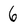
Character: 6